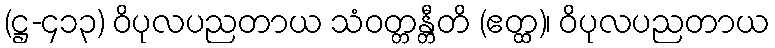
(ဋ္ဌ-၄၁၃) ဝိပုလပညတာယ သံဝတ္တန္တီတိ (ဧတ္ထ)၊ ဝိပုလပညတာယ